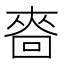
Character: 𰉒